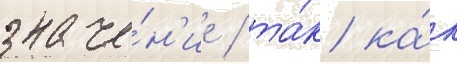
значе́н'ие / та́к ка́к